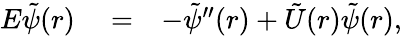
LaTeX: \begin{array}{rlr}{E\tilde{\psi}(r)}&{{}=}&{-\tilde{\psi}^{\prime\prime}(r)+\tilde{U}(r)\tilde{\psi}(r),}\end{array}